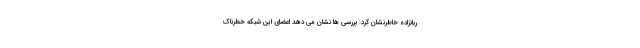
ربانزاده خاطرنشان کرد: بررسی ها نشان می دهد اعضای این شبکه خطرناک